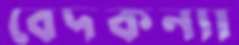
বেদকন্যা